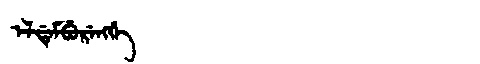
Manchu: ᡝᠯᡩᡝᠮᠪᡠᡵᡝᠩᡤᡝ
Romanization: ELDEMBURENGGE